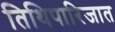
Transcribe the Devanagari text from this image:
तिथिपारिजात